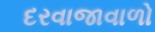
દરવાજાવાળો